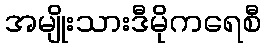
အမျိုးသားဒီမိုကရေစီ